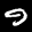
Label: 9